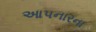
આપનારના